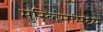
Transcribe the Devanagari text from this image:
मुस्लिमांमध्ये